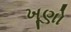
ખૂણો